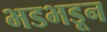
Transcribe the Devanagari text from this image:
भडभडून